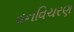
વનવિચરણ